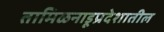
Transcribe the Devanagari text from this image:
तामिळनाडूप्रदेशातील